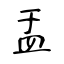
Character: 盂